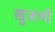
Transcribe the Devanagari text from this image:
खुजामी